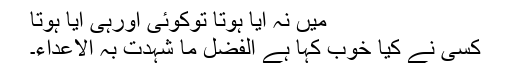
میں نہ آیا ہوتا توکوئی اورہی آیا ہوتا
کسی نے کیا خوب کہا ہے الفضلُ مَا شہدت بہ الاعداء۔